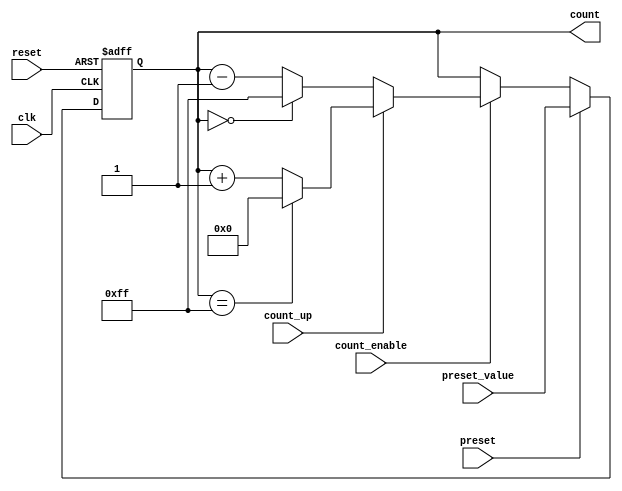
module presettable_counter (
    input wire clk,                // Clock signal
    input wire reset,              // Asynchronous reset signal
    input wire preset,             // Load preset value signal
    input wire [N-1:0] preset_value, // Multi-bit input for preset value
    input wire count_enable,       // Enable counting operation
    input wire count_up,           // Count direction: 1 for up, 0 for down
    output reg [N-1:0] count       // Current value of the counter
);
    
    parameter N = 8;               // Bit-width of the counter

    // Reset value can be set to 0 or any specific defined value
    localparam RESET_VALUE = 0;

    always @(posedge clk or posedge reset) begin
        if (reset) begin
            count <= RESET_VALUE;   // Reset to predefined value
        end else if (preset) begin
            count <= preset_value;   // Load preset value
        end else if (count_enable) begin
            if (count_up) begin
                if (count == {N{1'b1}}) // Check for overflow
                    count <= RESET_VALUE; // Wrap around to reset value
                else
                    count <= count + 1'b1; // Increment counter
            end else begin
                if (count == RESET_VALUE) // Check for underflow
                    count <= {N{1'b1}}; // Wrap around to max value
                else
                    count <= count - 1'b1; // Decrement counter
            end
        end
    end

endmodule